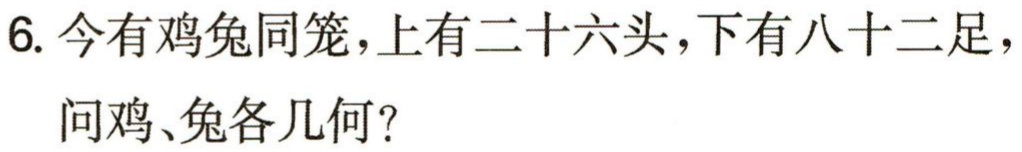
6. 今有鸡兔同笼，上有二十六头，下有八十二足，问鸡、兔各几何？